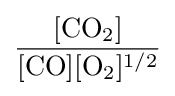
{\frac {[{\ce {CO2}}]}{[{\ce {CO}}][{\ce {O2}}]^{1/2}}}